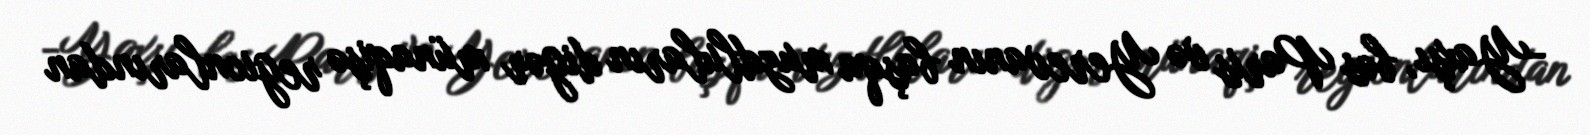
-Yaxşı, bəs Paris və Yerevanın başqa muzdluların digər münaqişə regionlarından